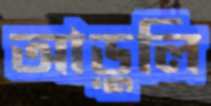
আড়ুলি